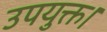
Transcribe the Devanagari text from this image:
उपयुक्त।